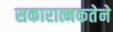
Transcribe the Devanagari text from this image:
सकारात्मकतेने